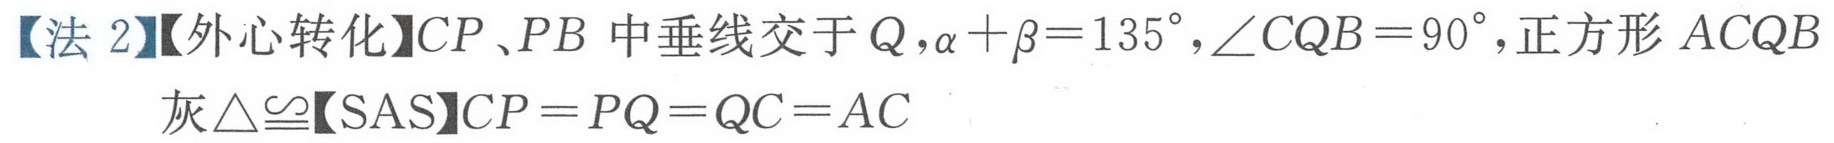
【法 2】【外心转化】\(CP\)、\(PB\) 中垂线交于 \(Q\)，\(\alpha+\beta = 135^{\circ}\)，\(\angle CQB = 90^{\circ}\)，正方形 \(ACQB\)
灰\(\triangle\cong\)【SAS】\(CP = PQ = QC = AC\)